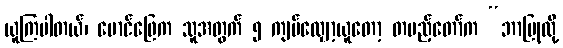
ယူကြပါတယ်၊ မောင်ဖြေက သူအတွက် ၅ ကျပ်လျှော့ယူတော့ တပည့်တော်က “ဘာပြုလို့